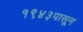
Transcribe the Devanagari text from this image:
१९४३पासून